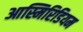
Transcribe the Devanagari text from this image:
आस्मिरिडियम